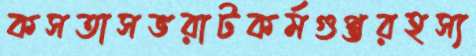
কসতাসভরাটকর্মগুপ্তরহস্য